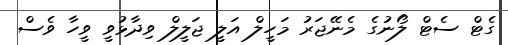
ގެޓް ސެޓް ލޯނުގެ މެނޭޖަރު މަހީލް އަލީ ޖަލީލް ވިދާޅުވީ ވީހާ ވެސް